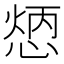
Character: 𢝦